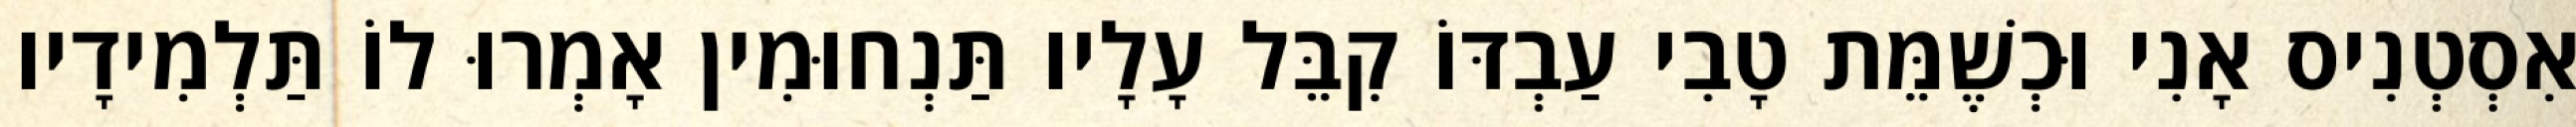
אִסְטְנִיס אָנִי וּכְשֶׁמֵּת טָבִי עַבְדּוֹ קִבֵּל עָלָיו תַּנְחוּמִין אָמְרוּ לוֹ תַּלְמִידָיו